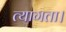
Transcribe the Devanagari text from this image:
त्‍यागता।